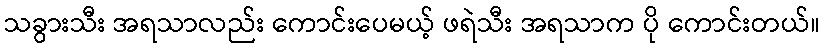
သခွားသီး အရသာလည်း ကောင်းပေမယ့် ဖရဲသီး အရသာက ပို ကောင်းတယ်။